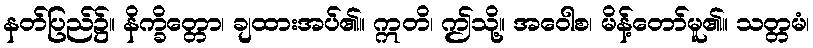
နတ်ပြည်၌။ နိက္ခိတ္တော၊ ချထားအပ်၏။ ဣတိ၊ ဤသို့။ အဝေါစ၊ မိန့်တော်မူ၏။ သတ္တမံ၊